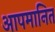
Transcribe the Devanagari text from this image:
आपमानित